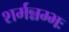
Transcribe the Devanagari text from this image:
शर्मन्नम्भः